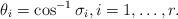
LaTeX: \begin{align*}\theta_i = \cos^{-1} \sigma_i, i = 1,\dots,r.\end{align*}